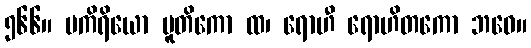
၅၆၆။ ပကိရိယော ပူတိကော ထ၊ ရောဟီ ရောဟိတကော ဘဝေ။